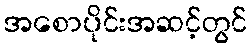
အစောပိုင်းအဆင့်တွင်